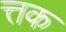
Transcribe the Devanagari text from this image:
त्तक